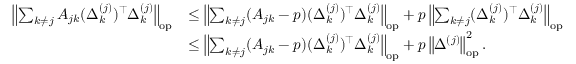
\begin{array} { r l } { \left\| { \sum _ { k \neq j } A _ { j k } ( \Delta _ { k } ^ { ( j ) } ) ^ { \top } \Delta _ { k } ^ { ( j ) } } \right\| _ { \mathrm { o p } } } & { \leq \left\| { \sum _ { k \neq j } ( A _ { j k } - p ) ( \Delta _ { k } ^ { ( j ) } ) ^ { \top } \Delta _ { k } ^ { ( j ) } } \right\| _ { \mathrm { o p } } + p \left\| { \sum _ { k \neq j } ( \Delta _ { k } ^ { ( j ) } ) ^ { \top } \Delta _ { k } ^ { ( j ) } } \right\| _ { \mathrm { o p } } } \\ & { \leq \left\| { \sum _ { k \neq j } ( A _ { j k } - p ) ( \Delta _ { k } ^ { ( j ) } ) ^ { \top } \Delta _ { k } ^ { ( j ) } } \right\| _ { \mathrm { o p } } + p \left\| { \Delta ^ { ( j ) } } \right\| _ { \mathrm { o p } } ^ { 2 } . } \end{array}